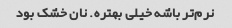
نرم‌تر باشه خیلی بهتره. نان خشک بود